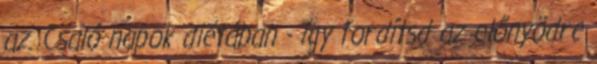
az. Csaló napok diétában - így fordítsd az előnyödre